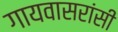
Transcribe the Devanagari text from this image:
गायवासरांसी